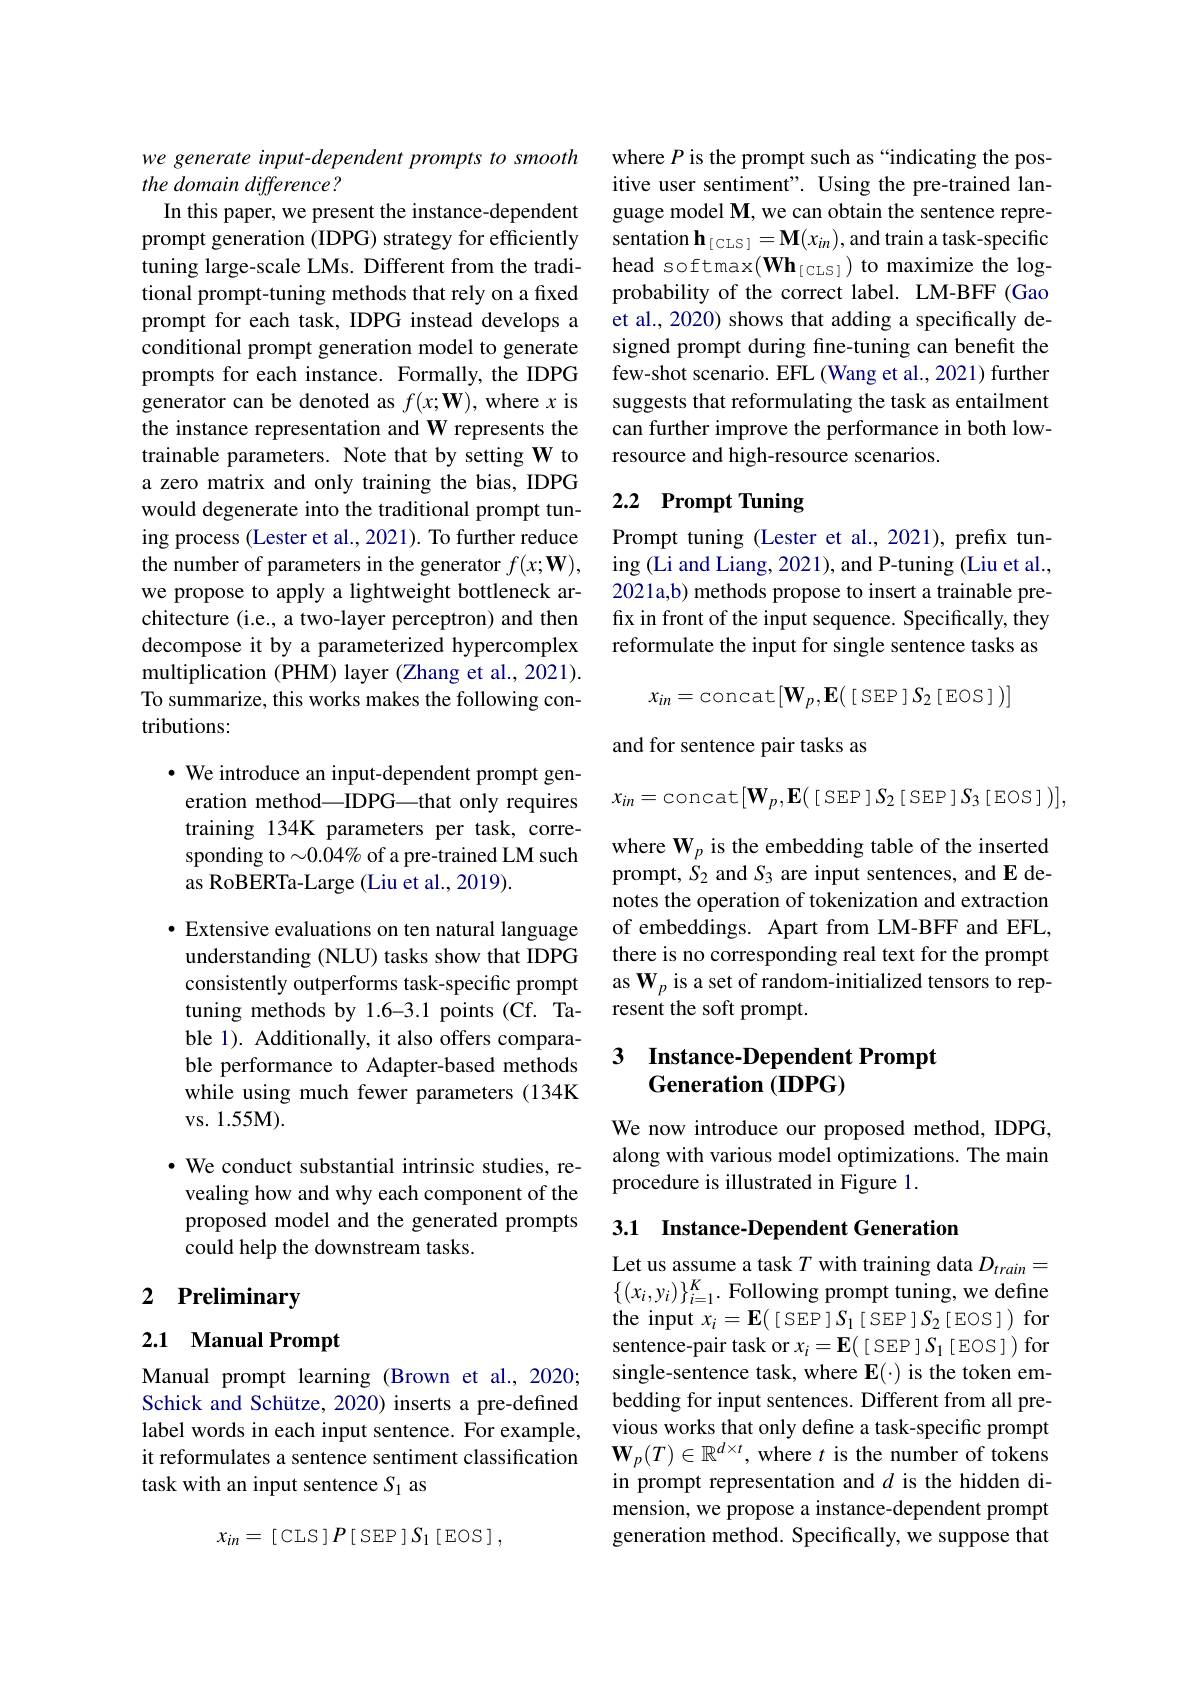
we generate input-dependent prompts to smooth
the domain difference?
In this paper, we present the instance-dependent

prompt generation (IDPG) strategy for efficiently tuning large-scale LMs. Different from the traditional prompt-tuning methods that rely on a fixed prompt for each task, IDPG instead develops a conditional prompt generation model to generate prompts for each instance. Formally, the IDPG generator can be denoted as $f(x;\mathbf{W})$, where $x$ is the instance representation and W represents the trainable parameters. Note that by setting W to a zero matrix and only training the bias, IDPG would degenerate into the traditional prompt tuning process (Lester et al., 2021). To further reduce the number of parameters in the generator $f(x;\mathbf{W})$, we propose to apply a lightweight bottleneck architecture (i.e., a two-layer perceptron) and then decompose it by a parameterized hypercomplex multiplication (PHM) layer (Zhang et al., 2021). To summarize, this works makes the following contributions:

$\bullet$ We introduce an input-dependent prompt generation method—IDPG—that only requires training 134K parameters per task, corresponding to $\sim0.\dot{04\%}$ of a pre-trained LM such as RoBERTa-Large (Liu et al., 2019).

· Extensive evaluations on ten natural language understanding (NLU) tasks show that IDPG consistently outperforms task-specific prompt tuning methods by 1.6-3.1 points (Cf. Table 1). Additionally, it also offers comparable performance to Adapter-based methods while using much fewer parameters (134K vs. 1. 55M) .

· We conduct substantial intrinsic studies, revealing how and why each component of the proposed model and the generated prompts could help the downstream tasks.

# 2 Preliminary

## 2.1 Manual Prompt

Manual prompt learning (Brown et al.,2020; Schick and Schütze, 2020) inserts a pre-defined label words in each input sentence. For example, it reformulates a sentence sentiment classification task with an input sentence $S_1$ as
$$x_{in}=\:[\:\mathrm{CLS}\:]\:P\:[\:\mathrm{SEP}\:]\:S_{1}\:[\:\mathrm{EOS}\:]\:,$$
where P is the prompt such as “indicating the positive user sentiment". Using the pre-trained language model M, we can obtain the sentence representation $\mathbf{h} _{[ \mathrm{CLS}] }= \mathbf{M} ( x_{in}) $,and train a task-specific head softmax$(\mathbf{Wh}_{[\mathrm{CLS}]})$ to maximize the logprobability of the correct label. LM-BFF (Gao et al., 2020) shows that adding a specifically designed prompt during fine-tuning can benefit the few-shot scenario. EFL (Wang et al., 2021) further suggests that reformulating the task as entailment can further improve the performance in both lowresource and high-resource scenarios.

# 2.2 Prompt Tuning

Prompt tuning (Lester et al., 2021), prefix tuning (Li and Liang, 2021), and P-tuning (Liu et al., 2021a,b) methods propose to insert a trainable prefix in front of the input sequence. Specifically, they reformulate the input for single sentence tasks as
$$x_{in}=\text{concat}[\mathbf{W}_p,\mathbf{E}(\text{[SEP]}S_2\text{[EOS]})]$$
and for sentence pair tasks as
$$x_{in}=\text{concat}[\mathbf{W}_p,\mathbf{E}(\text{[SEP]}S_2\text{[SEP]}S_3\text{[EOS]})],$$
where W$_p$ is the embedding table of the inserted prompt, $\dot{S}_2$ and $S_3$ are input sentences, and E denotes the operation of tokenization and extraction of embeddings. Apart from LM-BFF and EFL, there is no corresponding real text for the prompt as $\mathbf{W}_p$ is a set of random-initialized tensors to represent the soft prompt.

## 3 $\textbf{Instance- Dependent Prompt}$ $\textbf{Generation}\left ( \mathbf{IDPG}\right )$

We now introduce our proposed method, IDPG, along with various model optimizations. The main procedure is illustrated in Figure 1.

## 3.1 Instance-Dependent Generation

Let us assume a task $T$ with training data $D_train=$ $\{(x_i,y_i)\}_{i=1}^K.$ Following prompt tuning, we define the input $x_i=\mathbf{E}([$SEP $]S_1[$ SEP $]S_2[$EOS ]) for sentence-pair task or $x_i= \mathbf{E} ( \left [ \mathrm{SEP}\right ] S_{1}\left [ \mathrm{EOS}\right ] )$for single-sentence task, where E(·) is the token embedding for input sentences. Different from all previous works that only define a task-specific prompt $\mathbf{W}_p(T)\in\mathbb{R}^{d\times t}$,where $t$ is the number of tokens in prompt representation and $d$ is the hidden dimension, we propose a instance-dependent prompt generation method. Specifically, we suppose that